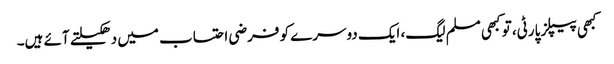
کبھی پیپلز پارٹی، تو کبھی مسلم لیگ، ایک دوسرے کو فرضی احتساب میں دھکیلتے آئے ہیں۔